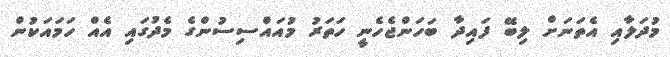
މުދަލާއި އެތަނަށް ލިބޭ ފައިދާ ބަހަންޖެހެނީ ހަތަރު މުއައްސިސުންގެ މެދުގައި އެއް ހަމައަކުން